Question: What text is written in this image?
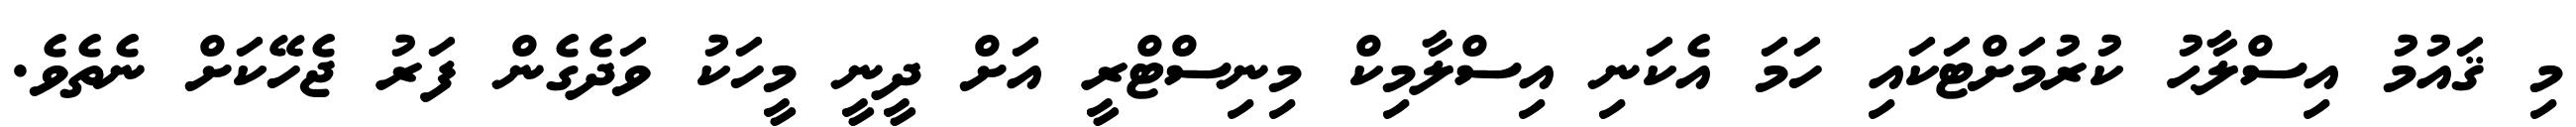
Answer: މި ޤައުމު އިސްލާޙު ކުރުމަށްޓަކައި ހަމަ އެކަނި އިސްލާމިކް މިނިސްޓްރީ އަށް ދީނީ މީހަކު ވަދެގެން ފަރު ޖެހޭކަށް ނެތެވެ.